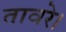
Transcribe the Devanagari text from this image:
तावरे।